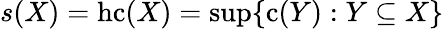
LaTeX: s(X)=\mathrm{{hc}}(X)=\operatorname*{sup}\{ \mathrm{{c}}(Y):Y\subseteq X\}